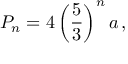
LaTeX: P _ { n } = 4 \left( { \frac { 5 } { 3 } } \right) ^ { n } a \, ,